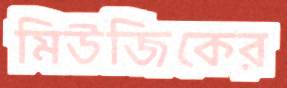
মিউজিকের